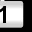
Digit: 1